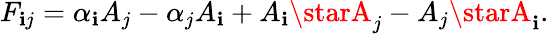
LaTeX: F_{\mathbf{i}j}=\alpha_{\mathbf{i}}A_{j}-\alpha_{j}A_{\mathbf{i}}+A_{\mathbf{i}}\starA_{j}-A_{j}\starA_{\mathbf{i}}.